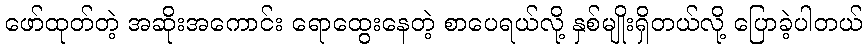
ဖော်ထုတ်တဲ့ အဆိုးအကောင်း ရောထွေးနေတဲ့ စာပေရယ်လို့ နှစ်မျိုးရှိတယ်လို့ ပြောခဲ့ပါတယ်